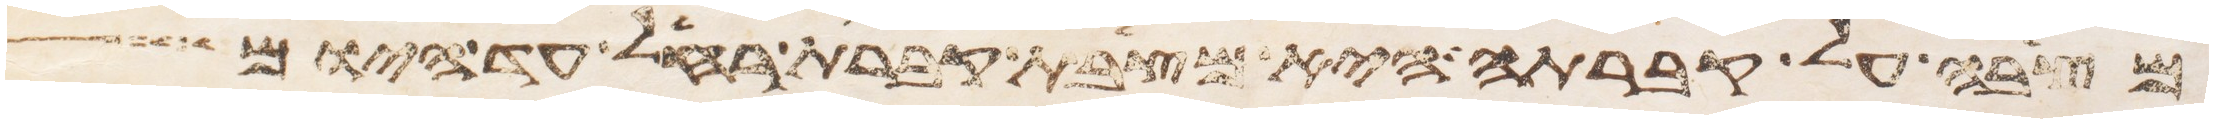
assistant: מצבה על קברתה היא מצבת קברת רחל עד היום